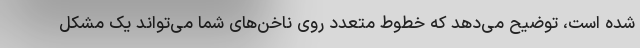
شده است، توضیح می‌دهد که خطوط متعدد روی ناخن‌های شما می‌تواند یک مشکل